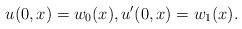
LaTeX: \begin{align*} u(0,x)=w_0(x),u'(0,x)=w_1(x). \end{align*}